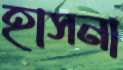
হাসনা